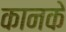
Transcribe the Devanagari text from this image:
कानके